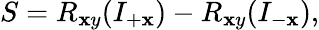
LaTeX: S=R_{\mathbf{x}y}(I_{+\mathbf{x}})-R_{\mathbf{x}y}(I_{-\mathbf{x}}),